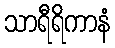
သာရီရိကာနံ